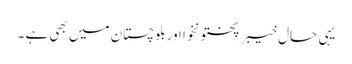
یہی حال خیبرپختونخوا اوربلوچستان میں بھی ہے ۔